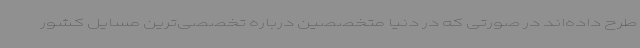
طرح داده‌اند در صورتی که در دنیا متخصصین درباره تخصصی‌ترین مسایل کشور